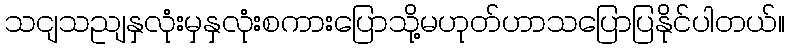
သငျသညျနှလုံးမှနှလုံးစကားပြောသို့မဟုတ်ဟာသပြောပြနိုင်ပါတယ်။